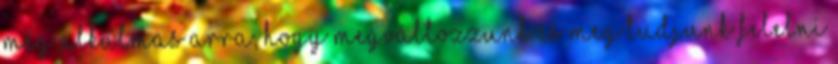
még alkalmas arra, hogy megváltozzunk és meg tudjunk felelni